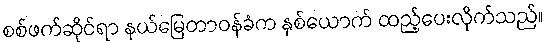
စစ်ဖက်ဆိုင်ရာ နယ်မြေတာဝန်ခံက နှစ်ယောက် ထည့်ပေးလိုက်သည်။